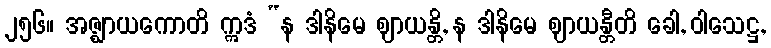
၂၅၆။ အဇ္ဈာယကောတိ ဣဒံ “န ဒါနိမေ ဈာယန္တိ, န ဒါနိမေ ဈာယန္တီတိ ခေါ, ဝါသေဋ္ဌ,